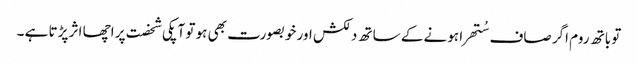
تو باتھ روم اگر صاف سُتھرا ہونے کے ساتھ دلکش اور خوبصورت بھی ہو تو آپکی شخصت پر اچھا اثر پڑتا ہے ۔